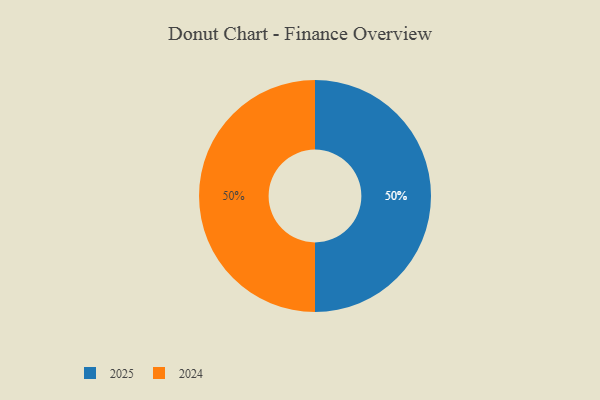
{"axis": {"x": "Category", "y": "Percentage"}, "legend": ["2024", "2025"], "data": [{"x": "2025", "y": 50, "type": "2025"}, {"x": "2024", "y": 50, "type": "2024"}]}